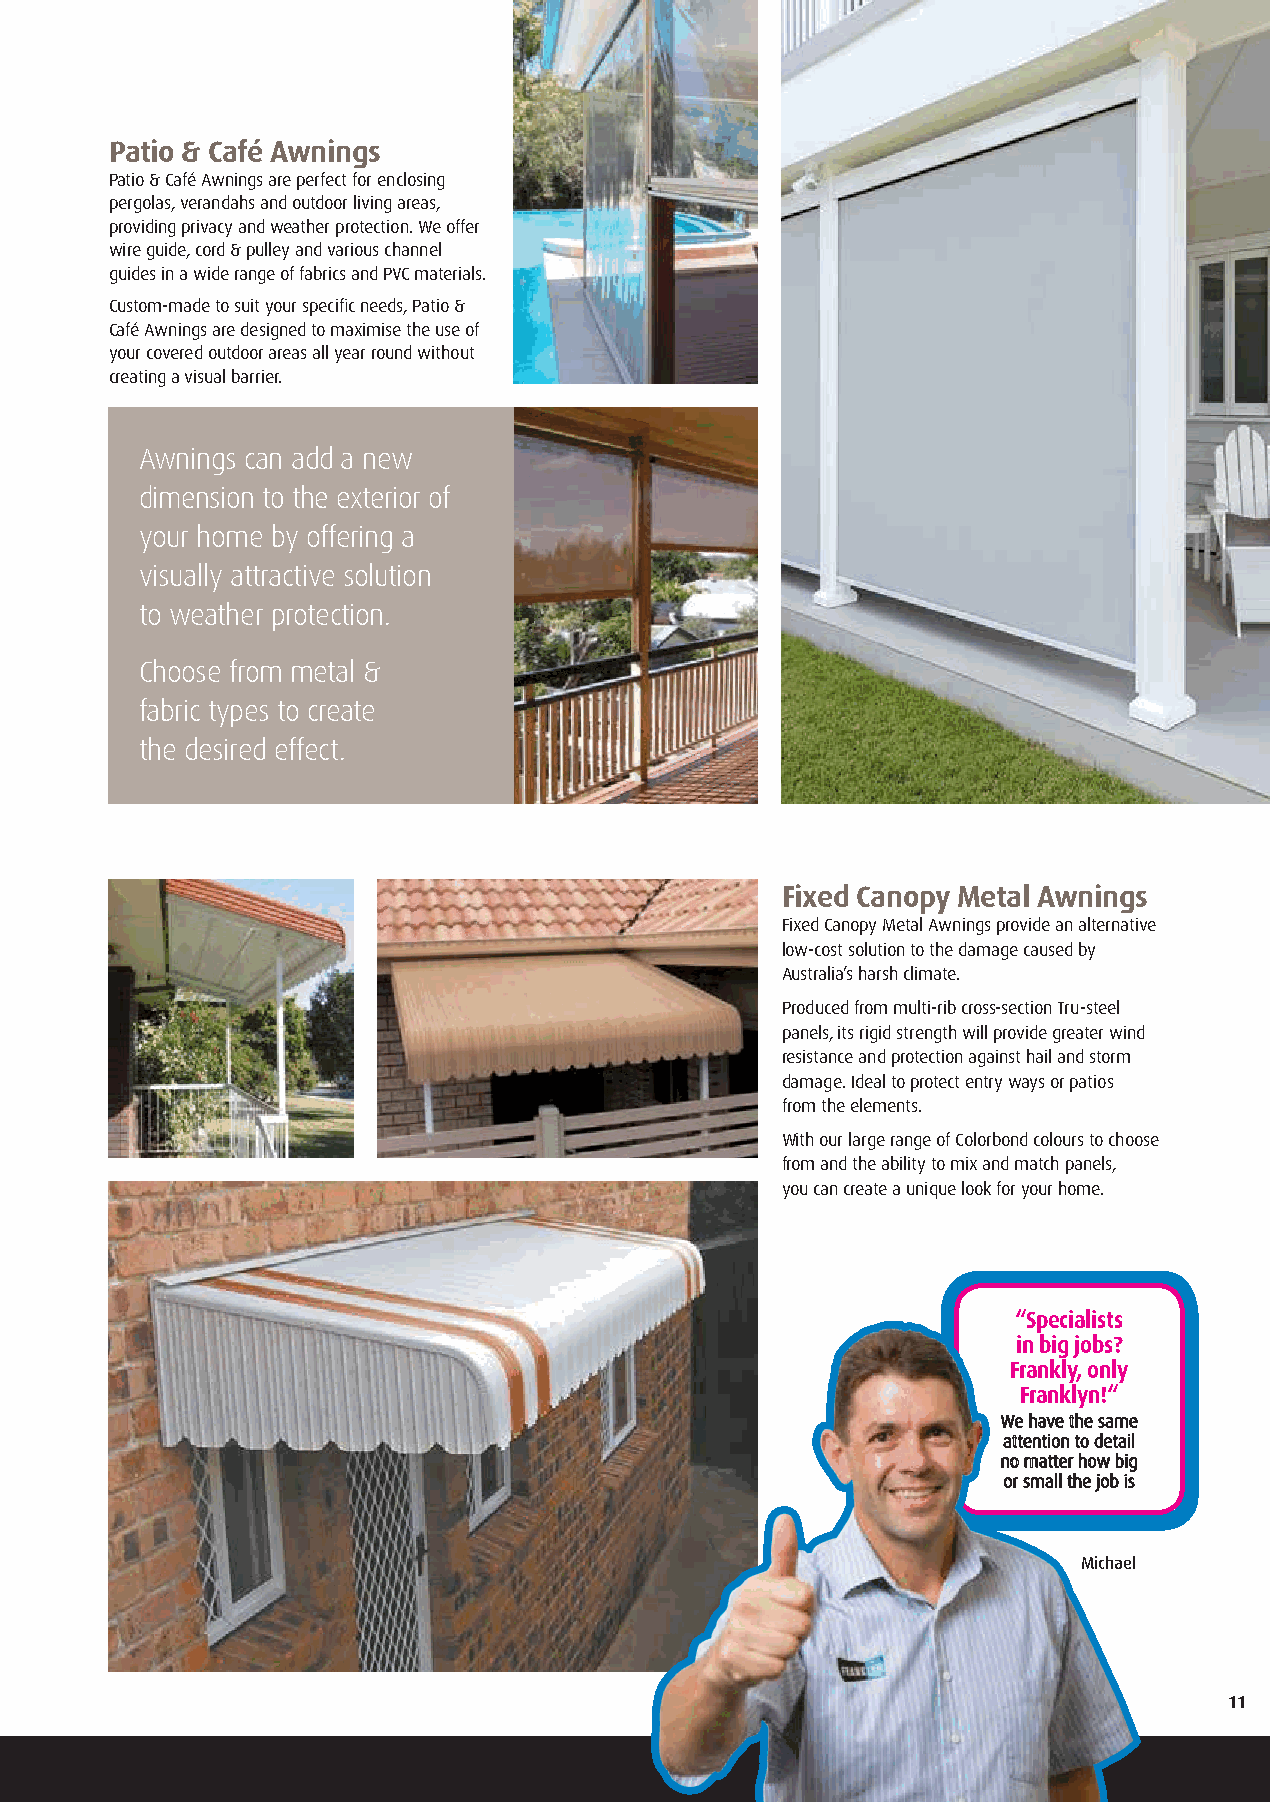
Patio & Café Awnings
 Patio & Café Awnings are perfect for enclosing
 pergolas, verandahs and outdoor living areas,
 providing privacy and weather protection. We offer
 wire guide, cord & pulley and various channel
 guides in a wide range of fabrics and PVC materials.
 Custom-made to suit your specific needs, Patio &
 Café Awnings are designed to maximise the use of
 your covered outdoor areas all year round without
 creating a visual barrier.
 Awnings can add a new
 dimension to the exterior of
 your home by offering a
 visually attractive solution
 to weather protection.
 Choose from metal &
 fabric types to create
 the desired effect.
 Fixed Canopy Metal Awnings
 Fixed Canopy Metal Awnings provide an alternative
 low-cost solution to the damage caused by
 Australia’s harsh climate.
 Produced from multi-rib cross-section Tru-steel
 panels, its rigid strength will provide greater wind
 resistance and protection against hail and storm
 damage. Ideal to protect entry ways or patios
 from the elements.
 With our large range of Colorbond colours to choose
 from and the ability to mix and match panels,
 you can create a unique look for your home.
 “Specialists
 in big jobs?
 Frankly, only
 Franklyn!“
 We have the same
 attention to detail
 no matter how big
 or small the job is
 Michael
 11